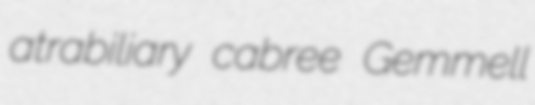
atrabiliary cabree Gemmell